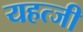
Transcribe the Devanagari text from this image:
यहत्जी